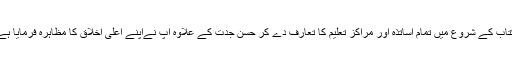
کتاب کے شروع میں تمام اساتذہ اور مراکز تعلیم کا تعارف دے کر حسن جدت کے علاوہ آپ نےاپنے اعلیٰ اخلاق کا مظاہرہ فرمایا ہے۔